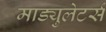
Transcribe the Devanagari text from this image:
माड्युलेटर्स